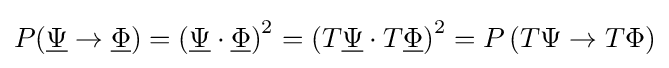
P({\underline {\Psi }}\rightarrow {\underline {\Phi }})=\left({\underline {\Psi }}\cdot {\underline {\Phi }}\right)^{2}=\left(T{\underline {\Psi }}\cdot T{\underline {\Phi }}\right)^{2}=P\left(T\Psi \rightarrow T\Phi \right)